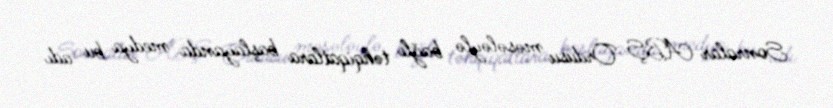
Sonralar ABŞ Ordusu məsələylə bağlı təhqiqatlara başlayanda medya bu adı